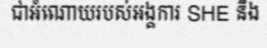
ជាអំណោយរបស់អង្គការ SHE និង